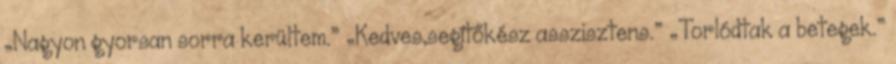
„Nagyon gyorsan sorra kerültem.” „Kedves,segítőkész asszisztens.” „Torlódtak a betegek.”